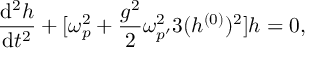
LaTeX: { \frac { \mathrm { d } ^ { 2 } h } { \mathrm { d } t ^ { 2 } } } + [ \omega _ { p } ^ { 2 } + { \frac { g ^ { 2 } } { 2 } } \omega _ { p ^ { \prime } } ^ { 2 } 3 ( h ^ { ( 0 ) } ) ^ { 2 } ] h = 0 ,